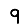
Digit: 9